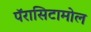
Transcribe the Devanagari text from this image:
पॅरासिटामोल